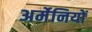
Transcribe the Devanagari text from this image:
अर्मेनियों